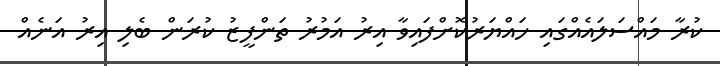
ކުރާ މައްސަލައެއްގައި ހައްޔަރުކޮށްފައިވާ އިރު އަމުރު ތަންފީޒު ކުރަން ބެލި އިރު އަނެއް